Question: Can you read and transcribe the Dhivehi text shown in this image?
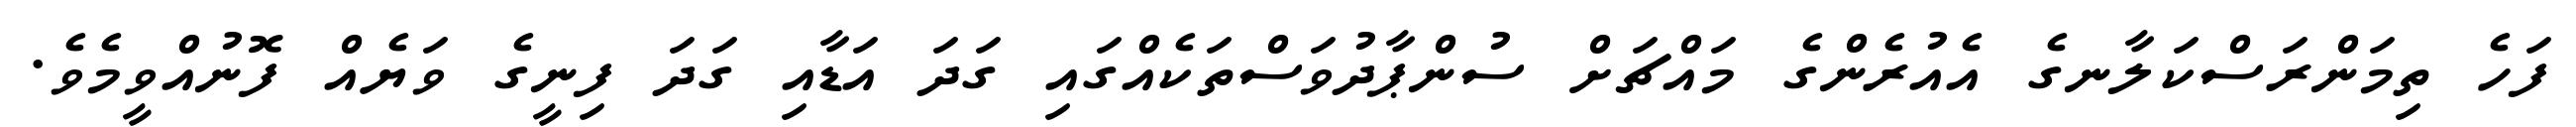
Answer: ފަހެ ތިމަންރަސްކަލާނގެ އެއުރެންގެ މައްޗަށް ސުންޕާދުވަސްތަކެއްގައި ގަދަ އަޑާއި ގަދަ ފިނީގެ ވަޔެއް ފޮނުއްވީމެވެ.